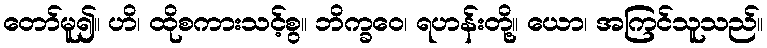
တော်မူ၍။ ဟိ၊ ထိုစကားသင့်စွ။ ဘိက္ခဝေ၊ ရဟန်းတို့။ ယော၊ အကြင်သူသည်။